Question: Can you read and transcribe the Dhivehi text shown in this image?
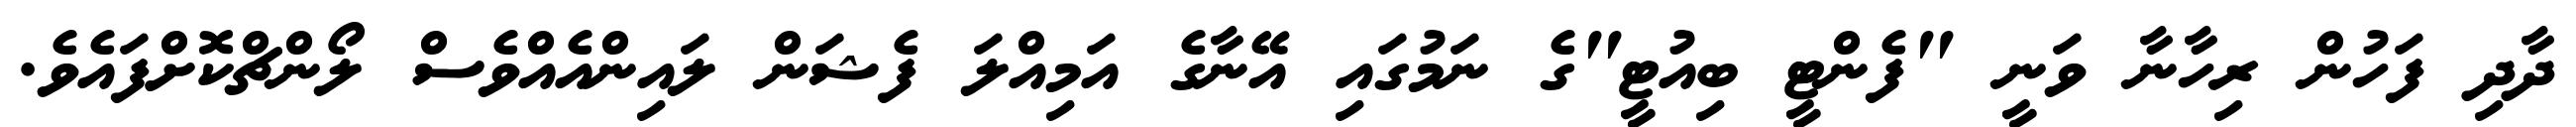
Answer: ދާދި ފަހުން ރިހާނާ ވަނީ "ފެންޓީ ބިއުޓީ"ގެ ނަމުގައި އޭނާގެ އަމިއްލަ ފެޝަން ލައިންއެއްވެސް ލޯންޗްކޮށްފައެވެ.